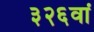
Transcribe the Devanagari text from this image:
३२६वां